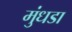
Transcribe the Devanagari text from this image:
मुंधडा